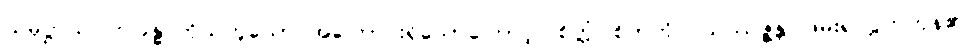
သမုဋ္ဌာယ၊ ဤခန္ဓာကိုယ်ဟူသော အကြောင်းရှိသောကြောင့်။ စိတ္တံ၊ စိတ်ကို။ ဩဿဇ္ဇန္တိ၊ ဖမ်း၍လွှတ်ကုန်၏။